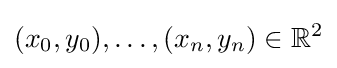
(x_{0},y_{0}),\dotsc ,(x_{n},y_{n})\in \mathbb {R} ^{2}